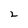
Character: 2